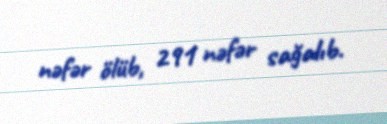
nəfər ölüb, 291 nəfər sağalıb.